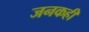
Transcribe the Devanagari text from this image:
जनकही